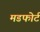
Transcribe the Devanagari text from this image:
मडफोर्ट